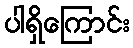
ပါရှိကြောင်း